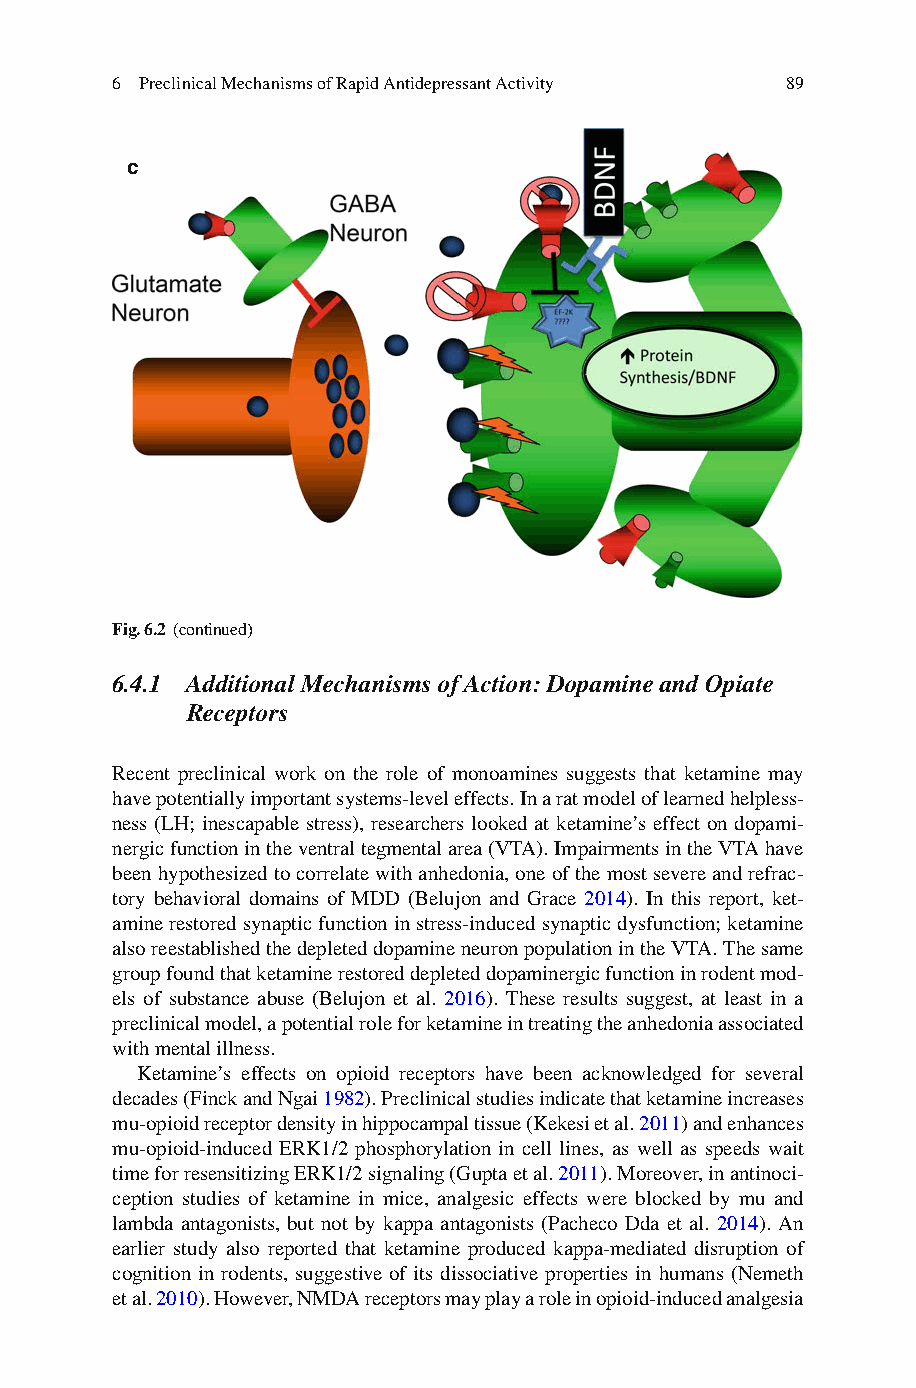
6 Preclinical Mechanisms of Rapid Antidepressant Activity 89
 c
 Fig. 6.2 (continued)
 6.4.1 Additional Mechanisms of Action: Dopamine and Opiate
 Receptors
 Recent preclinical work on the role of monoamines suggests that ketamine may
 have potentially important systems-level effects. In a rat model of learned helpless-
 ness (LH; inescapable stress), researchers looked at ketamine’s effect on dopami-
 nergic function in the ventral tegmental area (VTA). Impairments in the VTA have
 been hypothesized to correlate with anhedonia, one of the most severe and refrac-
 tory behavioral domains of MDD (Belujon and Grace 2014) . In this report, ket-
 amine restored synaptic function in stress-induced synaptic dysfunction; ketamine
 also reestablished the depleted dopamine neuron population in the VTA. The same
 group found that ketamine restored depleted dopaminergic function in rodent mod-
 els of substance abuse (Belujon et al. 2 016) . These results suggest, at least in a
 preclinical model, a potential role for ketamine in treating the anhedonia associated
 with mental illness.
 Ketamine’s effects on opioid receptors have been acknowledged for several
 decades (Finck and Ngai 1 982 ). Preclinical studies indicate that ketamine increases
 mu-opioid receptor density in hippocampal tissue (Kekesi et al. 2 011 ) and enhances
 mu-opioid-induced ERK1/2 phosphorylation in cell lines, as well as speeds wait
 time for resensitizing ERK1/2 signaling (Gupta et al. 2 011 ). Moreover, in antinoci-
 ception studies of ketamine in mice, analgesic effects were blocked by mu and
 lambda antagonists, but not by kappa antagonists (Pacheco Dda et al. 2 014 ). An
 earlier study also reported that ketamine produced kappa-mediated disruption of
 cognition in rodents, suggestive of its dissociative properties in humans (Nemeth
 et al. 2010) . However, NMDA receptors may play a role in opioid-induced analgesia